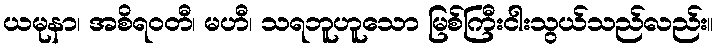
ယမုနာ၊ အစိရဝတီ၊ မဟီ၊ သရဘူဟူသော မြစ်ကြီးငါးသွယ်သည်လည်း။